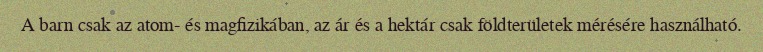
A barn csak az atom- és magfizikában, az ár és a hektár csak földterületek mérésére használható.